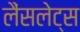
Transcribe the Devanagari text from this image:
लैंसलेट्स